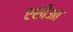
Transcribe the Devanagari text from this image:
एशीआ